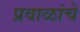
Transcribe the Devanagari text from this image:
प्रवाळांचे